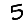
Digit: 5